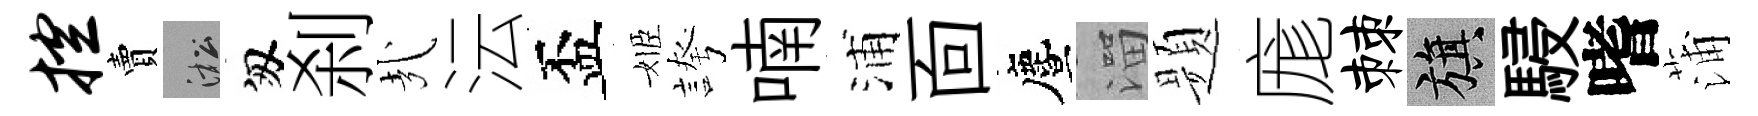
控賣淞匆刹㢤沄盃姬誇喃浦靣󵨌溜题庬棘旗駸嗜蒲